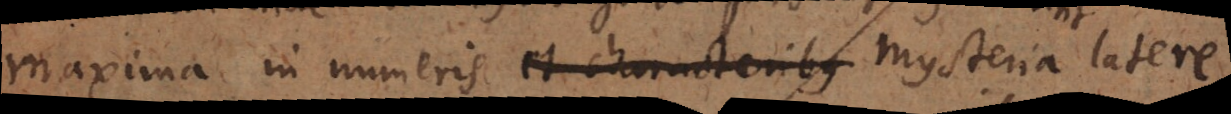
maxima in numeris et characteribus mysteria latere